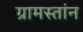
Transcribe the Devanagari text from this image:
ग्रामस्तांन